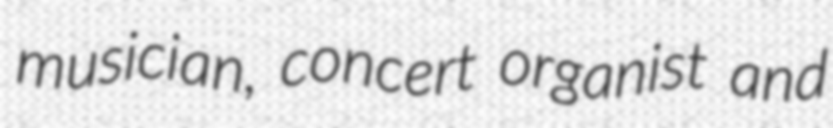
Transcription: musician, concert organist and